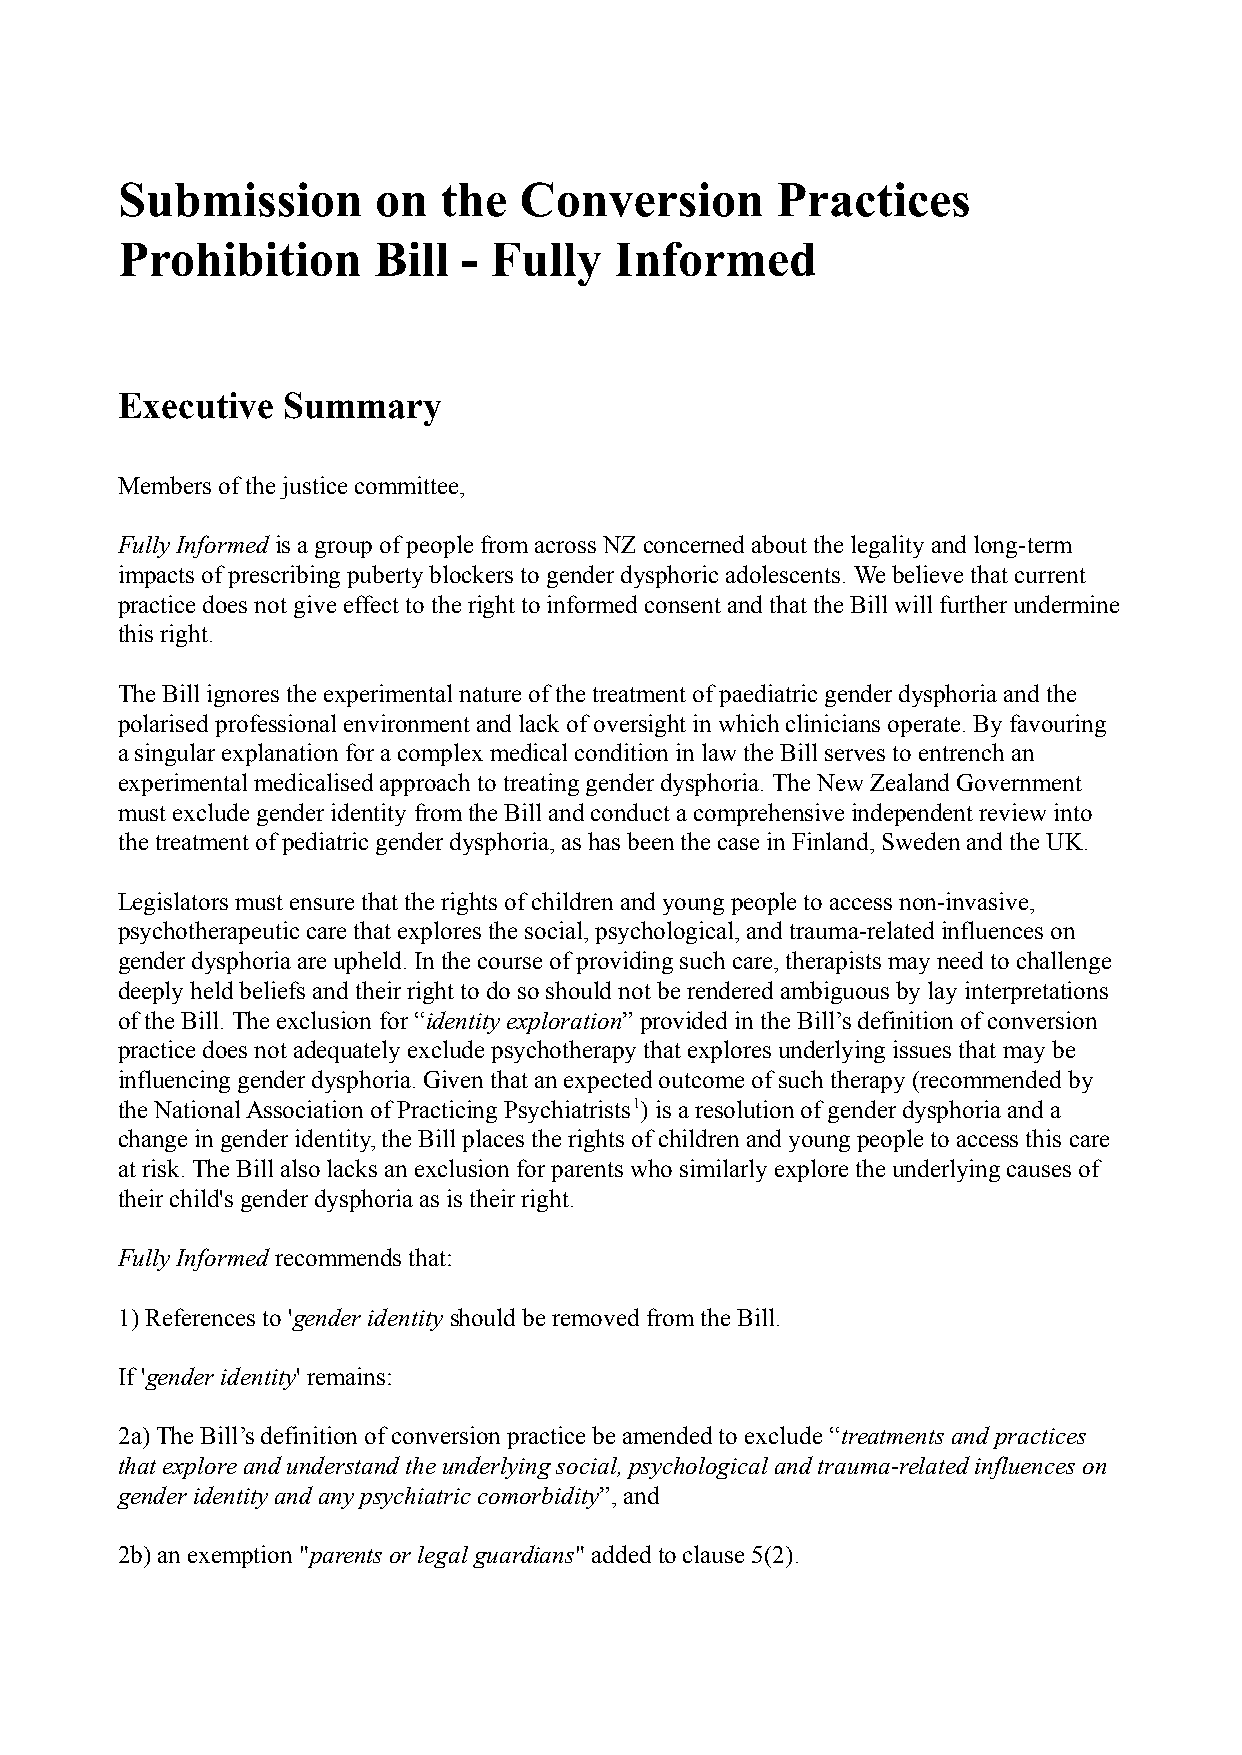
Submission       on  the  Conversion       Practices
 Prohibition      Bill  - Fully   Informed
 Executive  Summary
 Members of the justice committee,
 Fully Informedis a group of people from across NZconcerned about the legality and long-term
 impacts of prescribing puberty blockers to gender dysphoric adolescents. We believe that current
 practice does not give effect to the right to informed consent and that the Bill will further undermine
 this right.
 The Bill ignores the experimental nature of the treatment of paediatric gender dysphoria and the
 polarised professional environment and lack of oversight in which clinicians operate. By favouring
 a singular explanation for a complex medical condition in law the Bill serves to entrench an
 experimental medicalised approach to treating gender dysphoria. The New Zealand Government
 must exclude gender identity from the Bill and conduct a comprehensive independent review into
 the treatment of pediatric gender dysphoria, as has been the case in Finland, Sweden and the UK.
 Legislators must ensure that the rights of children and young people to access non-invasive,
 psychotherapeutic care that explores the social, psychological, and trauma-related influences on
 gender dysphoria are upheld. In the course of providing such care, therapists may need to challenge
 deeply held beliefs and their right to do so should not be rendered ambiguous by lay interpretations
 of the Bill. The exclusion for “identity exploration”provided in the Bill’s definition of conversion
 practice does not adequately exclude psychotherapy that explores underlying issues that may be
 influencing gender dysphoria. Given that an expected outcome of such therapy (recommended by
 the National Association of Practicing Psychiatrists1 ) is a resolution of gender dysphoria and a
 change in gender identity, the Bill places the rights of children and young people to access this care
 at risk. The Bill also lacks an exclusion for parents who similarly explore the underlying causes of
 their child's gender dysphoria as is their right.
 Fully Informedrecommends that:
 1) References to 'gender identityshould be removedfrom the Bill.
 If 'gender identity' remains:
 2a) The Bill ’s definition of conversion practice be amended to exclude “treatments and practices
 that explore and understand the underlying social, psychological and trauma-related influences on
 gender identity and any psychiatric comorbidity”,and
 2b) an exemption "parents or legal guardians" addedto clause 5(2).